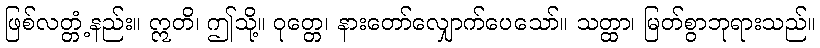
ဖြစ်လတ္တံ့နည်း။ ဣတိ၊ ဤသို့။ ဝုတ္တေ၊ နားတော်လျှောက်ပေသော်။ သတ္ထာ၊ မြတ်စွာဘုရားသည်။